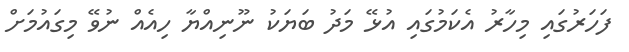
ފަހަރުގައި މިހާރު އެކަމުގައި އުޅޭ މަދު ބަޔަކު ނޫނިއްޔާ ހިއެއް ނުވޭ މިގައުމަށް